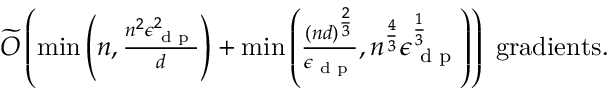
\begin{array} { r } { \widetilde { O } \left( \operatorname* { m i n } \left( n , \frac { n ^ { 2 } \epsilon _ { \textup { d p } } ^ { 2 } } { d } \right) + \operatorname* { m i n } \left( \frac { ( n d ) ^ { \frac 2 3 } } { \epsilon _ { \textup { d p } } } , n ^ { \frac 4 3 } \epsilon _ { \textup { d p } } ^ { \frac 1 3 } \right) \right) \mathrm { ~ g r a d i e n t s . } } \end{array}